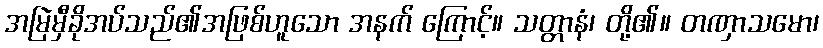
အမြဲမှီခိုအပ်သည်၏အဖြစ်ဟူသော အနက် ကြောင့်။ သတ္တာနံ၊ တို့၏။ တဏှာသမော၊